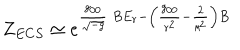
LaTeX: Z _ { E C S } \simeq e ^ { \frac { g _ { 0 0 } } { \sqrt { - g } } \ B E _ { r } - \left( \frac { g _ { 0 0 } } { r ^ { 2 } } - \frac { 2 } { \ell ^ { 2 } } \right) B }